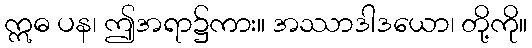
ဣဓ ပန၊ ဤအရာ၌ကား။ အဿာဒါဒယော၊ တို့ကို။